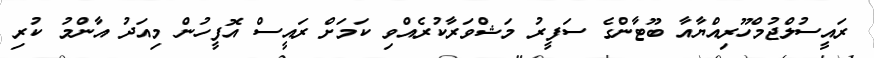
ރައީސުލްޖުމްހޫރިއްޔާއާ ބޫޓާންގެ ސަފީރު މަޝްވަރާކުރެއްވި ކަމަށް ރައީސް އޮފީހުން މިއަދު އާންމު ކުރި